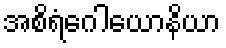
အစိရံဂေါယောနိယာ